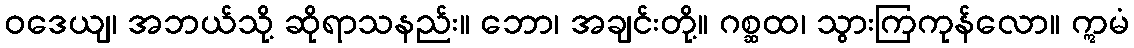
ဝဒေယျ၊ အဘယ်သို့ ဆိုရာသနည်း။ ဘော၊ အချင်းတို့။ ဂစ္ဆထ၊ သွားကြကုန်လော။ ဣမံ